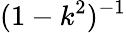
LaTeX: (1-k^{2})^{-1}